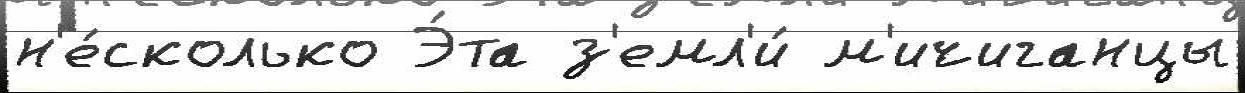
н'е́сколько Э́та з'емл'и́ м'ичиганцы